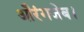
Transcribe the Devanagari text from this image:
औरंगजेब।